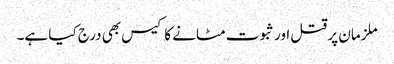
ملزمان پر قتل اور ثبوت مٹانے کا کیس بھی درج کیا ہے۔